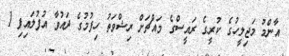
އާންމު މަޖިލީހުގެ ކުރީގެ ރައީސްގެ މައްޗަށް ރިޝްވަތު ހިފުމުގެ ދައުވާ އުފުލައިފި 1